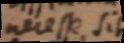
necesse sit